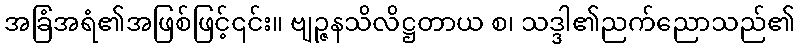
အခြံအရံ၏အဖြစ်ဖြင့်၎င်း။ ဗျဉ္ဇနသိလိဋ္ဌတာယ စ၊ သဒ္ဒါ၏ညက်ညောသည်၏